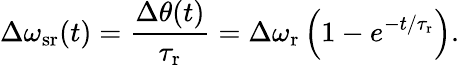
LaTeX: \Delta\omega_{\mathrm{sr}}(t)=\frac{\Delta\theta(t)}{\tau_{\mathrm{r}}}=\Delta\omega_{\mathrm{r}}\left(1-e^{-t/\tau_{\mathrm{r}}}\right).